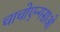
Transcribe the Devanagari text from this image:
चाचोएन्गसाओ